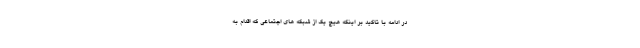
در ادامه با تاکید بر اینکه هیچ یک از شبکه های اجتماعی که اقدام به